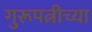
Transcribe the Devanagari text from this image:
गुरूपत्नीच्या